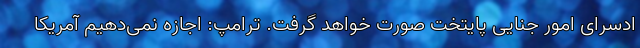
ادسرای امور جنایی پایتخت صورت خواهد گرفت. ترامپ: اجازه نمی‌دهیم آمریکا